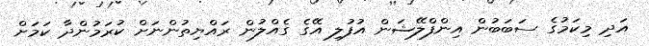
އަދި މިކަމުގެ ސަބަބުން އިންފްލޭޝަން އުފުލި އޭގެ ގެއްލުން ރައްޔިތުންނަށް ކުރަމުންދާ ކަމަށް